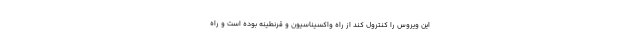
این ویروس را کنترول کند از راه واکسیناسیون و قرنطینه بوده است و راه